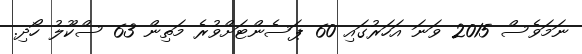
ނަމަވެސް 2015 ވަނަ އަހަރުގައި 60 ޕަސެންޓަށްވުރެ މަތިން 63 ސްކޫލު ހޯދި.